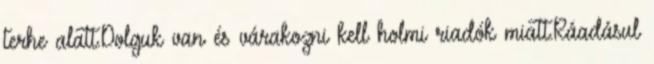
terhe alatt.Dolguk van és várakozni kell holmi riadók miatt.Ráadásul